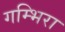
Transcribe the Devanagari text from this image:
गम्भिरा